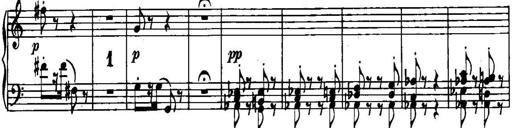
Title: Piano Sonatina No.1, Op.146
Composer: Stephen Heller